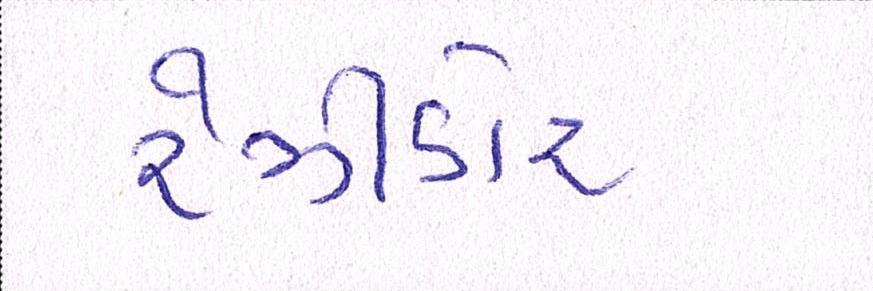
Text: રેઝિડોર